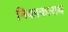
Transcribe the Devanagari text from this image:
निकाकाराय